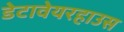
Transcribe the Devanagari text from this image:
डेटावेयरहाउस